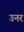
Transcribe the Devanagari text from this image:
उनर